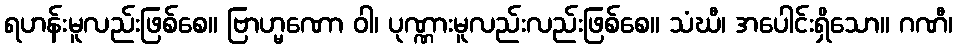
ရဟန်းမူလည်းဖြစ်စေ။ ဗြာဟ္မဏော ဝါ၊ ပုဏ္ဏားမူလည်းလည်းဖြစ်စေ။ သံဃီ၊ အပေါင်းရှိသော။ ဂဏီ၊